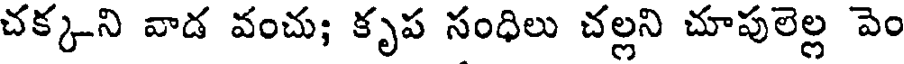
చక్కని వాడ వంచు; కృప సంధిలు చల్లని చూపులెల్ల పెం